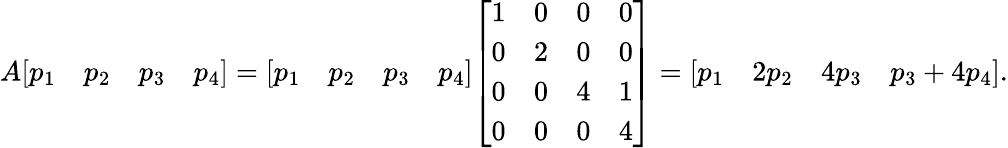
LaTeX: A{\left[\begin{array}{llll}{p_{1}}&{p_{2}}&{p_{3}}&{p_{4}}\end{array}\right]}={\left[\begin{array}{llll}{p_{1}}&{p_{2}}&{p_{3}}&{p_{4}}\end{array}\right]}{\left[\begin{array}{llll}{1}&{0}&{0}&{0}\\ {0}&{2}&{0}&{0}\\ {0}&{0}&{4}&{1}\\ {0}&{0}&{0}&{4}\end{array}\right]}={\left[\begin{array}{llll}{p_{1}}&{2p_{2}}&{4p_{3}}&{p_{3}+4p_{4}}\end{array}\right]}.